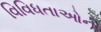
વિવિધતાઓના